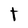
Character: t